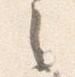
之